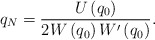
\begin{align*}q_{N}=\frac{U\left( q_{0}\right) }{2W\left( q_{0}\right) W^{\prime }\left(q_{0}\right) } .\end{align*}